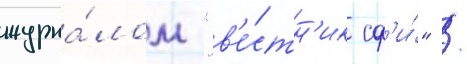
журна́лом "в'е́стн'ик сф'и́" /